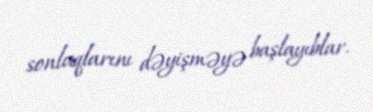
sonluqlarını dəyişməyə başlayıblar.